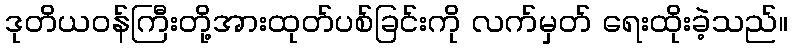
ဒုတိယဝန်ကြီးတို့အားထုတ်ပစ်ခြင်းကို လက်မှတ် ရေးထိုးခဲ့သည်။